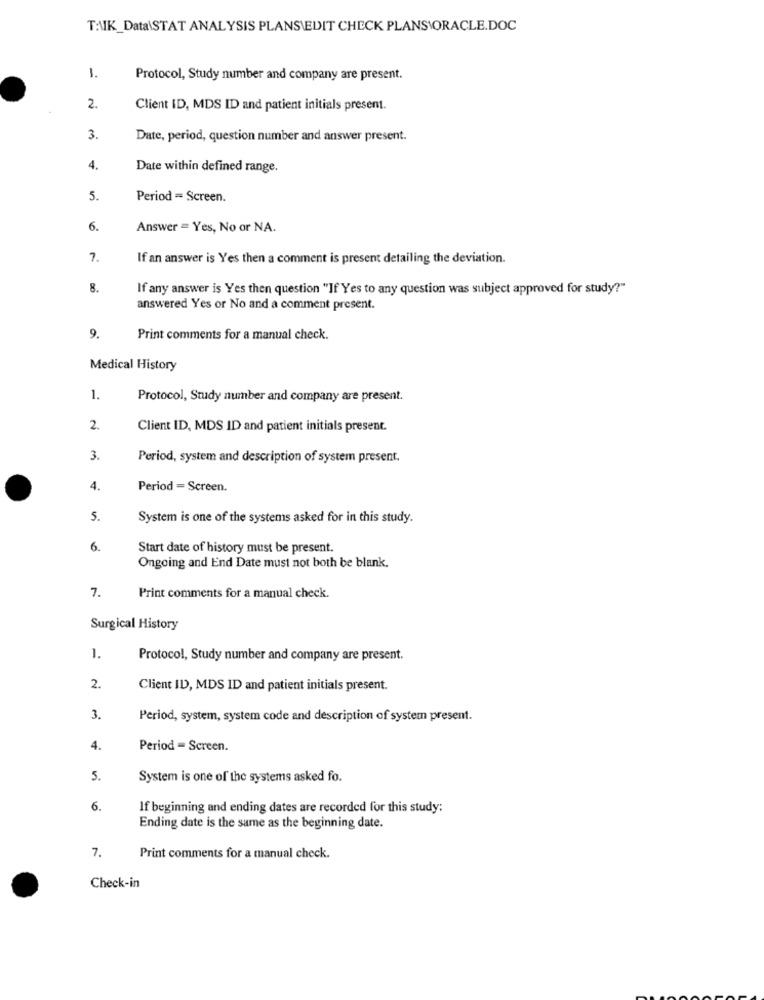
TANK_Data\STAT ANALYSIS PLANSIEDIT CHECK PLANS\ORACLE.DOC
1.
Protocol, Study number and company are present.
2.
Client ID, MDS ID and patient initials present.
3.
Date, period, question number and answer present.
4.
Date within defined range.
5.
Period = Screen.
6.
Answer = Yes, No or NA.
7.
If an answer is Yes then a comment is present detailing the deviation.
8.
If any answer is Yes then question "If Yes to any question was subject approved for study?"
answered Yes or No and a comment present.
9.
Print comments for a manual check.
Medical History
1.
Protocol, Study number and company are present.
2.
Client ID, MDS ID and patient initials present.
3.
Period, system and description of system present.
4.
Period = Screen.
5.
System is one of the systems asked for in this study.
6.
Start date of history must be present.
Ongoing and End Date must not both be blank.
7.
Print comments for a manual check.
Surgical History
1.
Protocol, Study number and company are present.
2.
Client ID, MDS ID and patient initials present.
3.
Period, system, system code and description of system present.
4.
Period - Screen.
5.
System is one of the systems asked fo.
6.
If beginning and ending dates are recorded for this study:
Ending date is the same as the beginning date.
7.
Print comments for a manual check.
Check-in